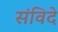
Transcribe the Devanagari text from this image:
संविदे